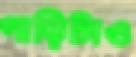
গাড়িটাও